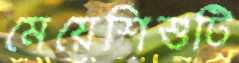
মেয়েশিশুটি